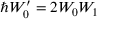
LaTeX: \hbar W _ { 0 } ^ { \prime } = 2 W _ { 0 } W _ { 1 }